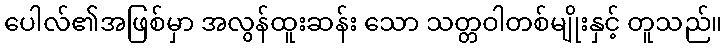
ပေါလ်၏အဖြစ်မှာ အလွန်ထူးဆန်း သော သတ္တဝါတစ်မျိုးနှင့် တူသည်။